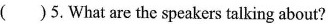
( )5.What are the speakers talking about?